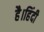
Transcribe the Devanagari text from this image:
है।हिंदी